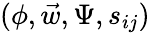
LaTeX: (\phi,\vec{w},\Psi,s_{ij})